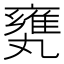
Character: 𠂅